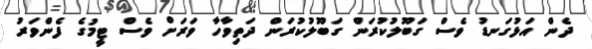
ދެން އަޅުގަނޑު ވެސް ގަބޫލުކުރަން ގަބޫލުކުރަން ދަތިވާހާ ވަރަށް ވެސް ޓީމުގެ ފެންވަރު